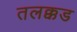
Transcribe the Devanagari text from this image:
तलक्कड